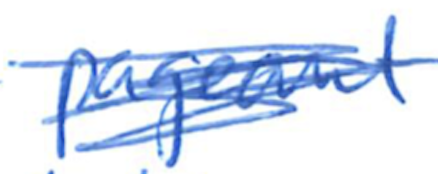
Text: pageant
Cross-out: scratch
Writing tool: ballpoint